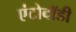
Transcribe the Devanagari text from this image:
एंटोबॉडी